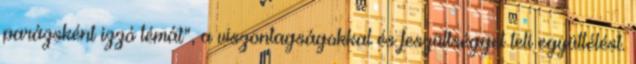
parázsként izzó témát”, a viszontagságokkal és feszültséggel teli együttélést.